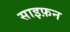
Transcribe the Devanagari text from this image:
साइफ़न